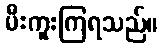
မီးကူးကြရသည်။